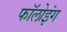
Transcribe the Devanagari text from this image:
फॉलोइंग